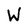
Character: W